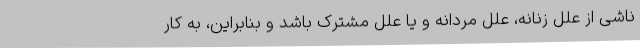
ناشی از علل زنانه، علل مردانه و یا علل مشترک باشد و بنابراین، به کار